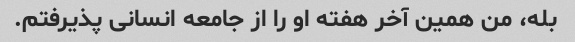
بله، من همین آخر هفته او را از جامعه انسانی پذیرفتم.